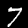
Digit: 7